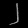
Digit: ၂